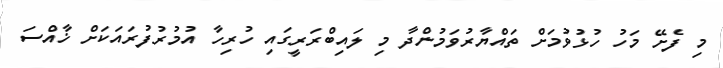
މި ފެށޭ މަހު ހުޅުވުމަށް ތައްޔާރުވަމުންދާ މި ލައިބްރަރީގައި ހުރިހާ އުމުރުފުރައަަކަށް ޚާއްސަ